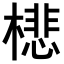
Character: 𣛥